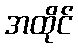
အထိုင်